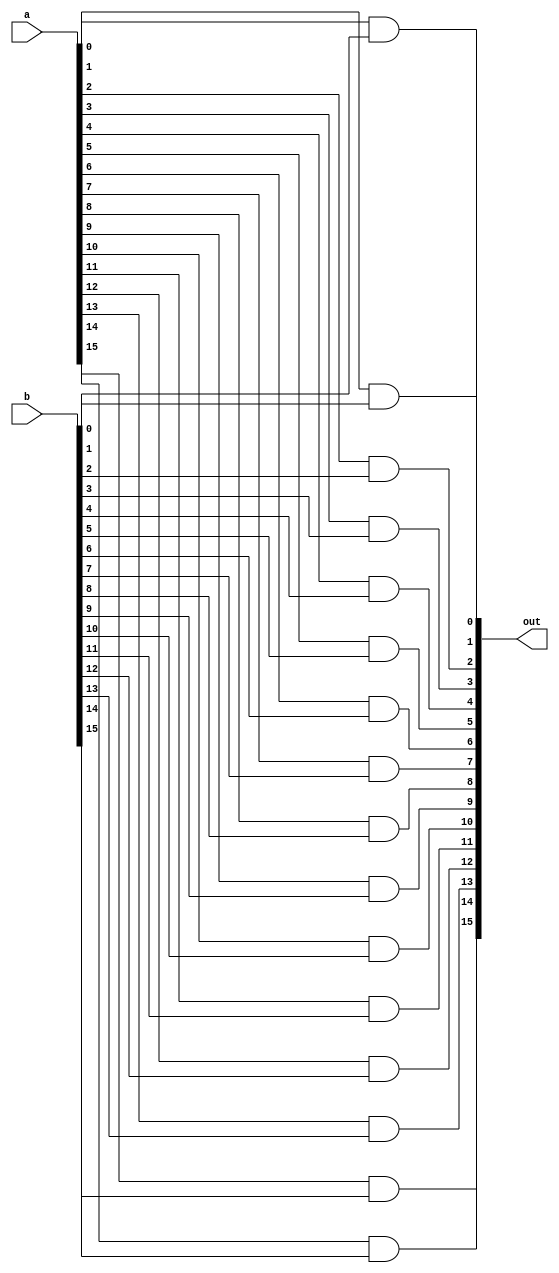
/* mdulo And16 */
/* Leonardo Vecchi Meirelles - 12011ECP002 */

`ifndef _And16_
`define _And16_

module And16(out, a, b);
    input [15:0] a,b;
    output [15:0] out;
    
    and and0(out[0], a[0], b[0]);
    and and1(out[1], a[1], b[1]);
    and and2(out[2], a[2], b[2]);
    and and3(out[3], a[3], b[3]);
    and and4(out[4], a[4], b[4]);
    and and5(out[5], a[5], b[5]);
    and and6(out[6], a[6], b[6]);
    and and7(out[7], a[7], b[7]);
    and and8(out[8], a[8], b[8]);
    and and9(out[9], a[9], b[9]);
    and and10(out[10], a[10], b[10]);
    and and11(out[11], a[11], b[11]);
    and and12(out[12], a[12], b[12]);
    and and13(out[13], a[13], b[13]);
    and and14(out[14], a[14], b[14]);
    and and15(out[15], a[15], b[15]);

    // Descrio de conexes internas do mdulo

endmodule

`endif